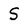
Character: S